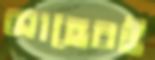
সাহেবই